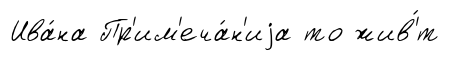
Ива́на Пр'им'еча́н'иjа то жив'́т